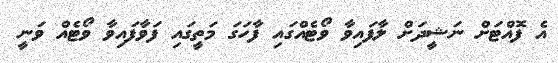
އެ ފޮއްޓަށް ނަޝީދަށް ލާފައިވާ ވޯޓެއްގައި ފާހަގަ މަތީގައި ފަވާފައިވާ ވޯޓެއް ވަނީ